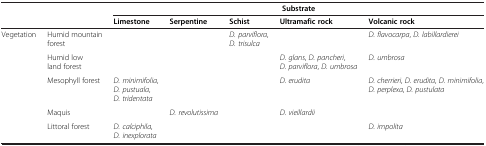
|  |  | <COLSPAN=5> Substrate |
 |  |  | Limestone | Serpentine | Schist | Ultramafic rock | Volcanic rock |
 | --- | --- | --- | --- | --- | --- | --- |
 | <ROWSPAN=4> Vegetation | Humid mountain forest |  |  | D. parviflora, D. trisulca |  | D. flavocarpa, D. labillardierei |
 | Humid low land forest |  |  |  | D. glans, D. pancheri, D. parviflora, D. umbrosa | D. umbrosa |
 | Mesophyll forest | D. minimifolia, D. pustuala, D. tridentata |  |  | D. erudita | D. cherrieri, D. erudita, D. minimifolia, D. perplexa, D. pustulata |
 | Maquis |  | D. revolutissima |  | D. vieillardii |  |
 |  | Littoral forest | D. calciphila, D. inexplorata |  |  |  | D. impolita |